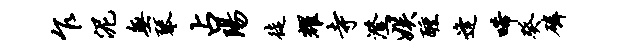
乍泥无琴占阳徒耀寺澄娱醺逢唏癸磷